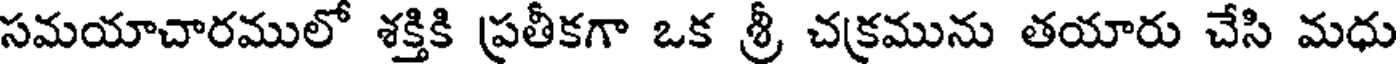
సమయాచారములో శక్తికి ప్రతీకగా ఒక శ్రీ చక్రమును తయారు చేసి మధు